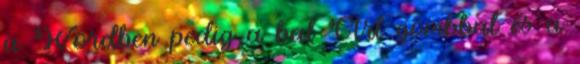
a Wordben pedig a bal Ctrl gombbal és a